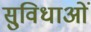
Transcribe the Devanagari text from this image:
सु्विधाओं